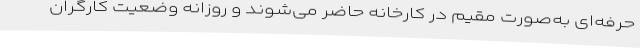
حرفه‌ای به‌صورت مقیم در کارخانه حاضر می‌شوند و روزانه وضعیت کارگران